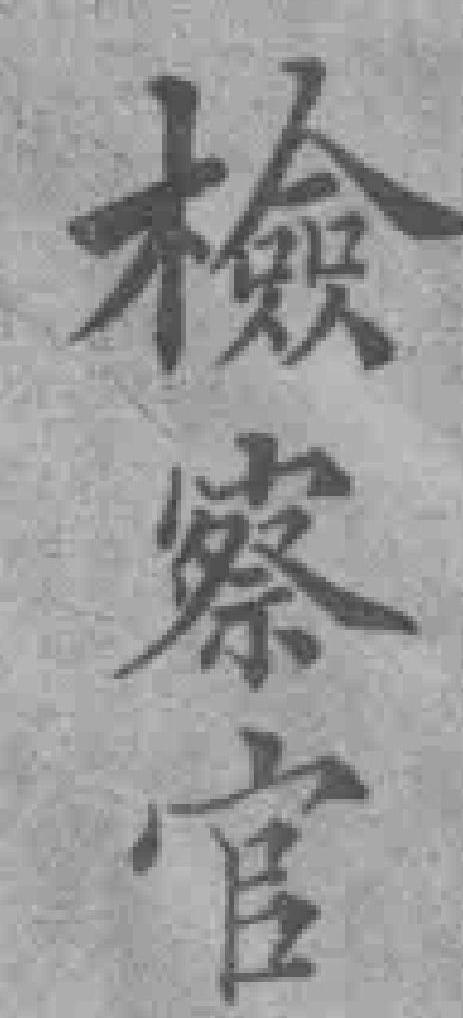
檢察官